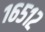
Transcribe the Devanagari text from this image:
१६५१२